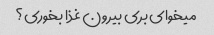
میخوای بری بیرون غذا بخوری؟